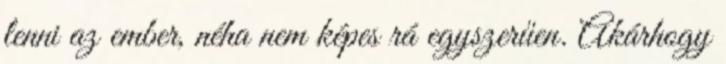
lenni az ember, néha nem képes rá egyszerűen. Akárhogy